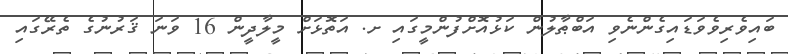
ބައިވެރިވެވަޑައިގެންނެވި އަބްޠާލުން ކަޅުއޮށްފުންމީގައި ށ. އަތޮޅަށް މީލާދީން 16 ވަނަ ޤަރުނުގެ ތެރޭގައި